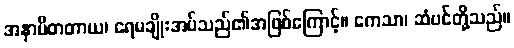
အနှာပိတတာယ၊ ရေမချိုးအပ်သည်၏အဖြစ်ကြောင့်။ ကေသာ၊ ဆံပင်တို့သည်။